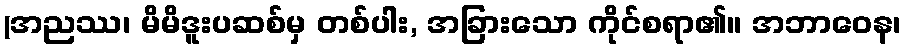
(အညဿ၊ မိမိဒူးပဆစ်မှ တစ်ပါး, အခြားသော ကိုင်စရာ၏။ အဘာဝေန၊